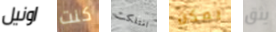
اونيل كنت امتلكت يمكن يثق